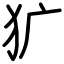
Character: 犷